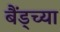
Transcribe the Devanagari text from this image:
बैंड्च्या